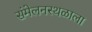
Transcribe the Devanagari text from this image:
संमेलनस्थळाला